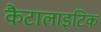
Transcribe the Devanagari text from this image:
कैटालाइटिक